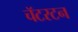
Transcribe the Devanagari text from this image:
चॅटरटन